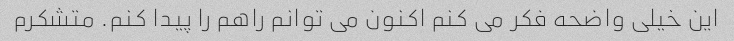
این خیلی واضحه فکر می کنم اکنون می توانم راهم را پیدا کنم. متشکرم